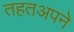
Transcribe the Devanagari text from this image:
तहतअपने